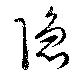
隠